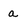
Character: a